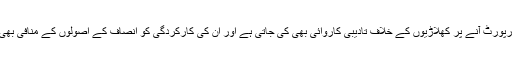
ٹیسٹ میں مثبت رپورٹ آنے پر کھلاڑیوں کے خلاف تادیبی کاروائی بھی کی جاتی ہے اور اُن کی کارکردگی کو انصاف کے اصولوں کے منافی بھی سمجھا جاتا ہے۔